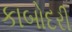
કાબોદરી